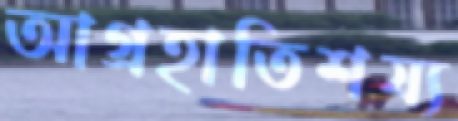
আগ্রহাতিশয্য